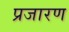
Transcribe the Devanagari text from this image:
प्रजारण